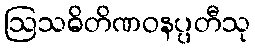
ဩသဓိတိဏဝနပ္ပတီသု